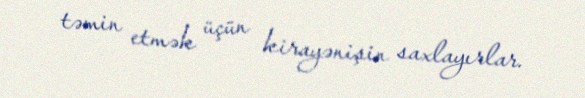
təmin etmək üçün kirayənişin saxlayırlar.